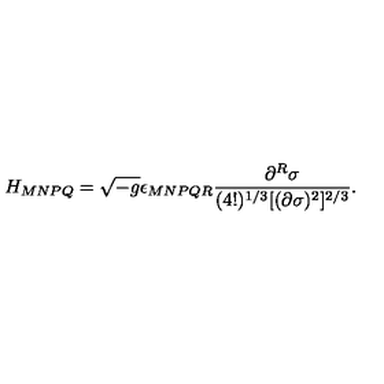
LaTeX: H _ { M N P Q } = \sqrt { - g } \epsilon _ { M N P Q R } \frac { \partial ^ { R } \sigma } { ( 4 ! ) ^ { 1 / 3 } [ ( \partial \sigma ) ^ { 2 } ] ^ { 2 / 3 } } .